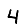
Digit: 4